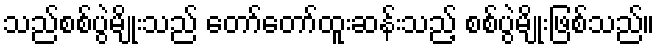
သည်စစ်ပွဲမျိုးသည် တော်တော်ထူးဆန်းသည့် စစ်ပွဲမျိုးဖြစ်သည်။